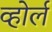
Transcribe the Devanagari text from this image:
व्होर्ल